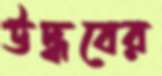
উদ্ধবের